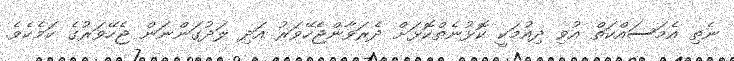
ނެތި އެމަސައްކަތް އުވި ދިއުމަކީ ކޮޅުނެތްކޮޅަށް ދެރަވާންޖެހޭވަރު އަދި ލަދުގަންނަން ޖެހޭވަރުގެ ކަމެކެވެ.